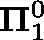
\mathbf { \Pi } _ { 1 } ^ { 0 }